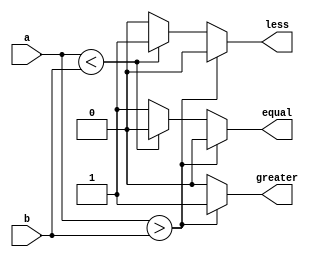
`timescale 1ns / 1ps
//////////////////////////////////////////////////////////////////////////////////
// Company: 
// Engineer: 
// 
// Design Name: 
// Module Name: comparator_4bit
// Project Name: 
// Target Devices: 
// Tool Versions: 
// Description: 
// 
// Dependencies: 
// 
// Revision:
// Revision 0.01 - File Created
// Additional Comments:
// 
/////////////////////////////////////////////////////////////////////////////

    // 4 bit_comparator using Bhaviour modeling

module comparator_4bit(a,b,equal,greater,less);
input [3:0] a;
input [3:0]b;

output reg equal;
output reg greater;
output reg less;

always @(*) begin
equal=0; greater=0; less=0;
     if(a>b)
	 begin
	     equal = 0;
	     less = 0;
	     greater = 1;
	 end 

	 else if(a<b)
	 begin
	     equal = 0;
              less = 1;
              greater = 0;
	 end
	
	 else  begin
	     equal = 1;
              less = 0;
              greater = 0;
     end
end		 
	     
endmodule